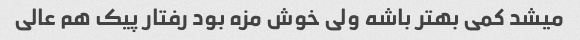
میشد کمی بهتر باشه ولی خوش مزه بود رفتار پیک هم عالی